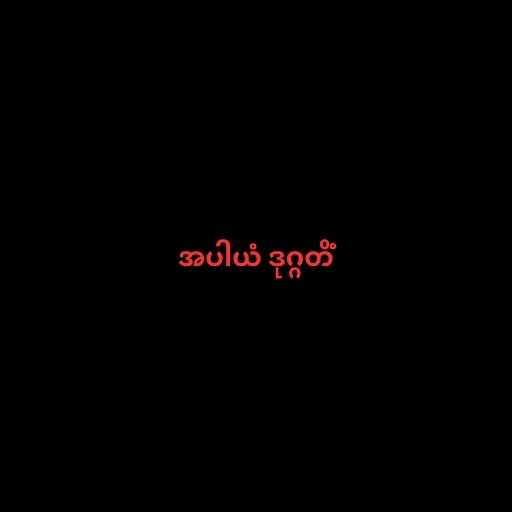
အပါယံ ဒုဂ္ဂတိံ